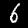
Label: 6